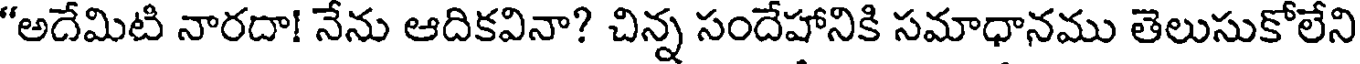
"అదేమిటి నారదా! నేను ఆదికవినా? చిన్న సందేహానికి సమాధానము తెలుసుకోలేని